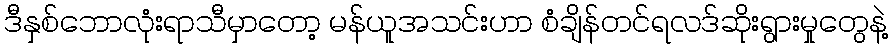
ဒီနှစ်ဘောလုံးရာသီမှာတော့ မန်ယူအသင်းဟာ စံချိန်တင်ရလဒ်ဆိုးရွားမှုတွေနဲ့